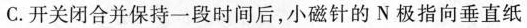
C.开关闭合并保持一段时间后，小磁针的N极指向垂直纸